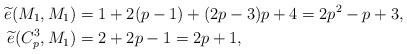
LaTeX: \begin{align*}\widetilde{e}(M_{1},M_{1})&=1+2(p-1)+(2p-3)p+4=2p^{2}-p+3,\\\widetilde{e}(C_{p}^{3},M_{1})&=2+2p-1=2p+1, \end{align*}